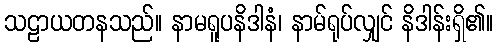
သဠာယတနသည်။ နာမရူပနိဒါနံ၊ နာမ်ရုပ်လျှင် နိဒါန်းရှိ၏။